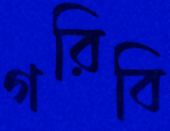
গরিবি